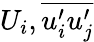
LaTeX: U_{i},\overline{{u_{i}^{\prime}u_{j}^{\prime}}}